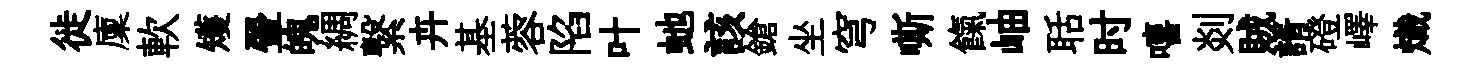
徙廩軟矱翬魄綢繋卉基蓉陷叶虵該鎗坐穹嘶餼岫聒时嘻剡賊諝磴嶧熾